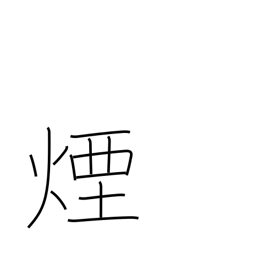
Meaning: smoke